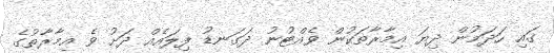
ގައި ހަދަމުން ދިޔަ އިމާރާތަކުން ވެއްޓުނު ދަގަނޑު ފިލައެއް ދަށު ވެ އިމާރާތުގެ